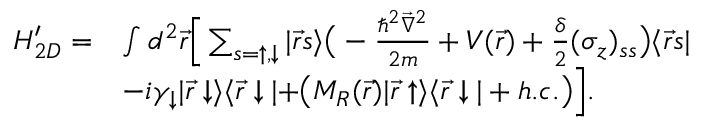
\begin{array} { r l } { H _ { 2 D } ^ { \prime } = } & { \int d ^ { 2 } \vec { r } \Big [ \sum _ { s = \uparrow , \downarrow } | \vec { r } s \rangle \bigr ( - \frac { \hbar ^ { 2 } \vec { \nabla } ^ { 2 } } { 2 m } + V ( \vec { r } ) + \frac { \delta } { 2 } ( \sigma _ { z } ) _ { s s } \bigr ) \langle \vec { r } s | } \\ & { - i \gamma _ { \downarrow } | \vec { r } \downarrow \rangle \langle \vec { r } \downarrow | + \bigr ( M _ { R } ( \vec { r } ) | \vec { r } \uparrow \rangle \langle \vec { r } \downarrow | + h . c . \bigr ) \Big ] . } \end{array}